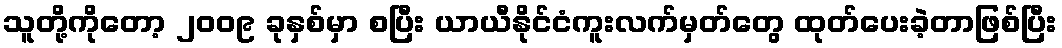
သူတို့ကိုတော့ ၂၀၀၉ ခုနှစ်မှာ စပြီး ယာယီနိုင်ငံကူးလက်မှတ်တွေ ထုတ်ပေးခဲ့တာဖြစ်ပြီး